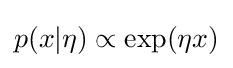
p(x|\eta )\propto \exp(\eta x)